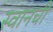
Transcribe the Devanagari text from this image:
स्वानची